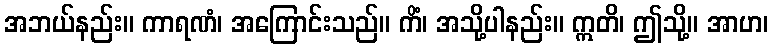
အဘယ်နည်း။ ကာရဏံ၊ အကြောင်းသည်။ ကိံ၊ အသို့ပါနည်း။ ဣတိ၊ ဤသို့။ အာဟ၊